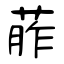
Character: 葄